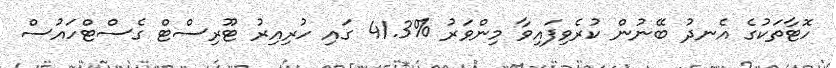
ހޮޓާތަކުގެ އެނދު ބޭނުން ކުރެވިފައިވާ މިންވަރު %41.3 ގައި ހުރިއިރު ޓޫރިސްޓް ގެސްޓްހައުސް